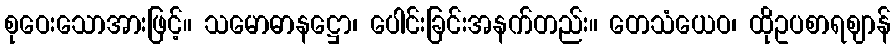
စုဝေးသောအားဖြင့်။ သမောဓာနဋ္ဌော၊ ပေါင်းခြင်းအနက်တည်း။ တေသံယေဝ၊ ထိုဥပစာရဈာန်